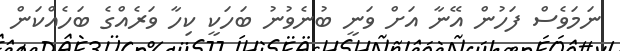
ނަމަވެސް ފަހުން އޭނާ އަށް ވަނީ ބުނެވުނު ބަހަކީ ކިހާ ވަރެއްގެ ބަހެއްކަން